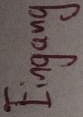
Text: Eingang